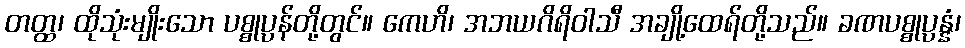
တတ္ထ၊ ထိုသုံးမျိုးသော ပစ္စုပ္ပန်တို့တွင်။ ကေဟိ၊ အဘယဂိရိဝါသီ အချို့ထေရ်တို့သည်။ ခဏပစ္စုပ္ပန္နံ၊